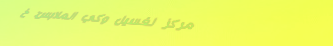
مركز لغسيل وكي الملابس: خ